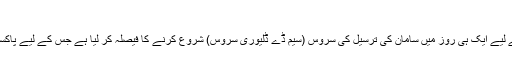
فوٹو: فائل
اسلام آباد: پاکستان پوسٹ نے کراچی میں بھی صارفین کی سہولت کے لیے ایک ہی روز میں سامان کی ترسیل کی سروس (سیم ڈے ڈلیوری سروس) شروع کرنے کا فیصلہ کر لیا ہے جس کے لیے پاکستان پوسٹ کی جانب سے آئندہ ہفتے کراچی میں اجلاس بلا لیا گیا ہے۔